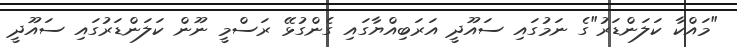
"މައްކާ ކަލަންޑަރު"ގެ ނަމުގައި ސައޫދީ އަރަބިއްޔާގައި ގެންގުޅޭ ރަސްމީ ނޫން ކަލަންޑަރުގައި ސައޫދީ